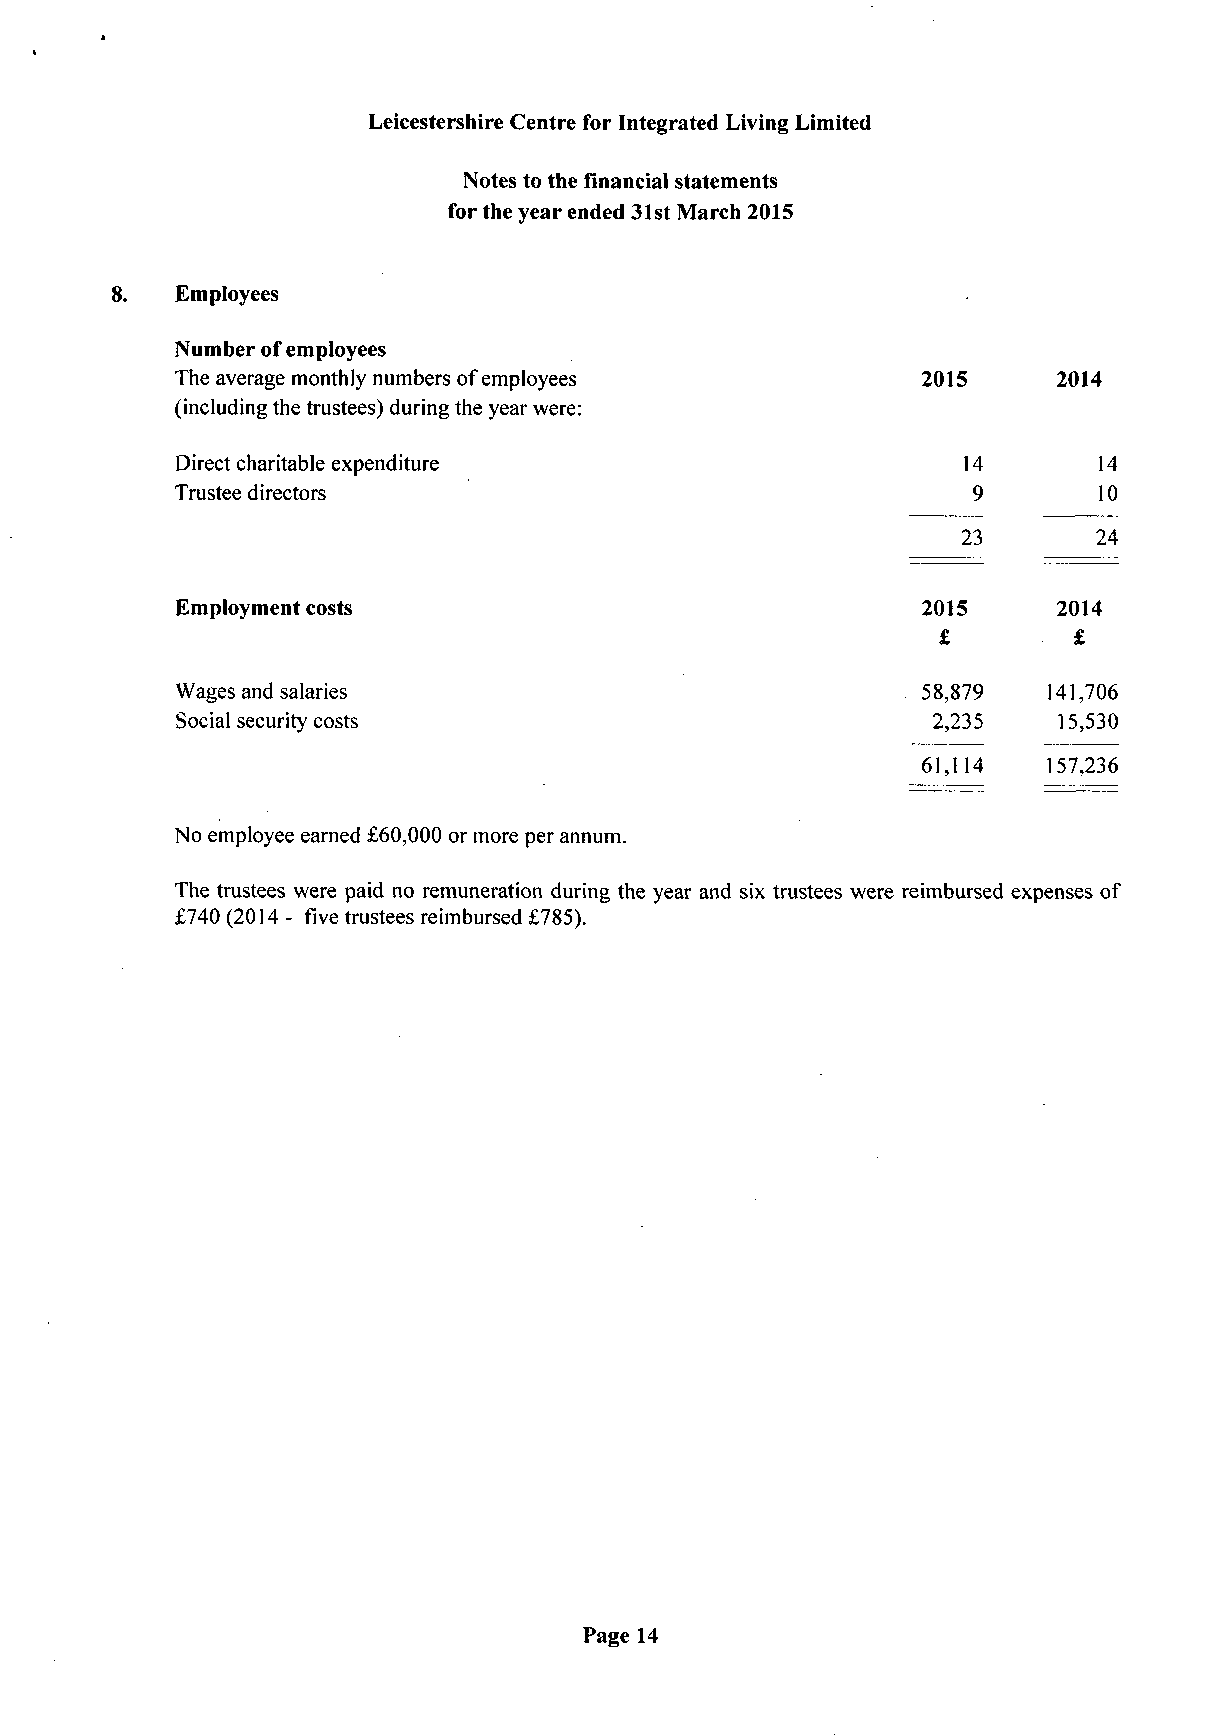
Leicestershire Centre for Integrated Living Limited
 Notes to the financial statements
 for the year ended 31st March 2015
 8.   Employees
 Number of employees
 The average monthly numbers of employees         2015     2014
 (including the trustees) during the year were:
 Direct charitable expenditure                       14       14
 Trustee directors                                    9       10
 23       24
 Employment costs                                 2015     2014
 £        £
 Wages and salaries                               58,879   141,706
 Social security costs                             2,235   15,530
 61,114  157,236
 No employee earned £60,000 or more per annum.
 The trustees were paid no remuneration during the year and six trustees were reimbursed expenses of
 £740 (2014 - five trustees reimbursed £785).
 Page 14